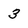
Character: 3